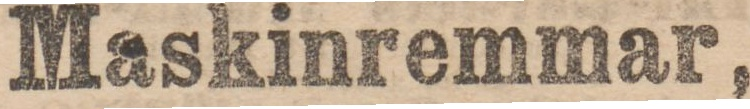
Maskinremmar,